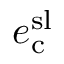
e _ { \mathrm { c } } ^ { \mathrm { s l } }